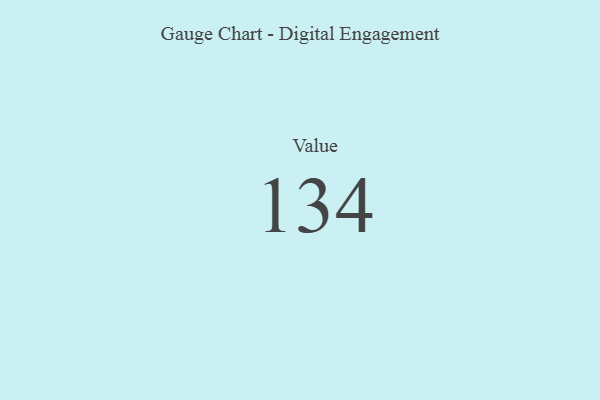
{"axis": {"x": "Metric", "y": "Value"}, "legend": [""], "data": [{"x": "Value", "y": 134, "type": ""}]}